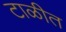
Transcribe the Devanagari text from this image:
टाळीत